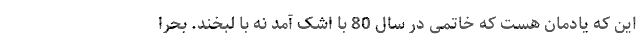
این که یادمان هست که خاتمی در سال 80 با اشک آمد نه با لبخند. بحرا